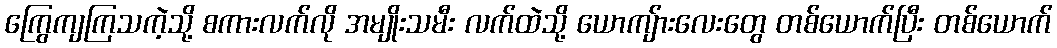
ကြွေကျကြသကဲ့သို့ စကားလက်လို အမျိုးသမီး လက်ထဲသို့ ယောကျ်ားလေးတွေ တစ်ယောက်ပြီး တစ်ယောက်